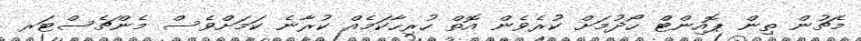
މެޗުން ތިން ޕޮއިންޓް ހޯދުމަށް ކުރެވެން އޮތް ހުރިހާކަމެއް ކުރާނެ ކަމަށްވެސް މެންޗެސްޓަރ